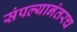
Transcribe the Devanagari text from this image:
संपल्यानंतरच